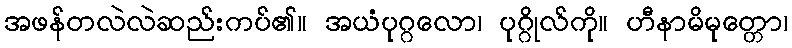
အဖန်တလဲလဲဆည်းကပ်၏။ အယံပုဂ္ဂလော၊ ပုဂ္ဂိုလ်ကို။ ဟီနာမိမုတ္တော၊